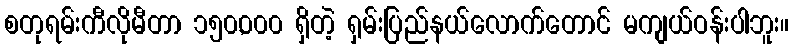
စတုရမ်းကီလိုမီတာ ၁၅၀,၀၀၀ ရှိတဲ့ ရှမ်းပြည်နယ်လောက်တောင် မကျယ်ဝန်းပါဘူး။